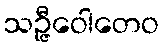
သဉ္ဇီဝေါတေဝ